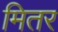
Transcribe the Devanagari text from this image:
मितर